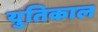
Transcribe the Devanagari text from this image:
युतिकाल